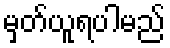
မှတ်ယူရပါမည်